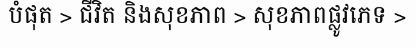
បំផុត > ជីវិត និងសុខភាព > សុខភាពផ្លូវភេទ >